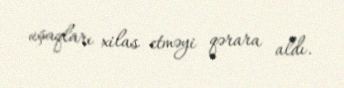
uşaqları xilas etməyi qərara aldı.